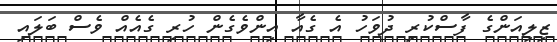
ޒިލިއަންގެ ފާސްކުރި ދުވަހު އެ ގެއާ އިންވެގެން ހުރި ގެއެއް ވެސް ބަލައި